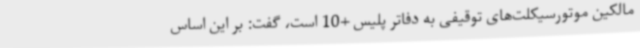
مالکین موتورسیکلت‌های توقیفی به دفاتر پلیس +10 است، گفت: بر این اساس